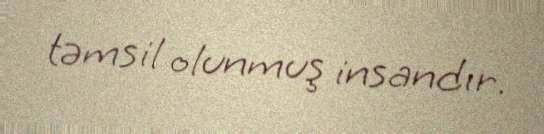
təmsil olunmuş insandır.